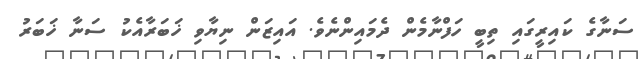
ސަނާގެ ކައިރީގައި ތިބީ ހަފްނާމެން ދެމައިންނެވެ. އައިޒަން ނިޔާވި ޚަބަރާއެކު ސަނާ ޚަބަރު